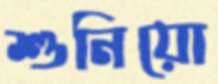
শুনিয়ো